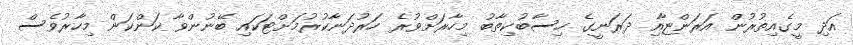
އަދި މީގެއިތުރުން އަރަންޏާއި ދަރަނީގެ ހިސާބުކިތާބު މިހާރަށްވުރެ ހަރުދަނާކުރުމަށްޓަކައި ބޭނުންވާ ކަންކަން މިހާރުވެސް